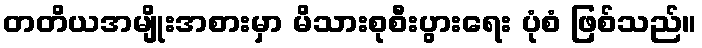
တတိယအမျိုးအစားမှာ မိသားစုစီးပွားရေး ပုံစံ ဖြစ်သည်။